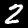
Digit: 2